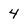
Character: 4